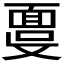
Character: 𩈞